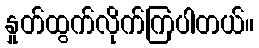
နှုတ်ထွက်လိုက်ကြပါတယ်။